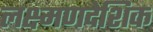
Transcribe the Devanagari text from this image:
लक्ष्मणदेशिक